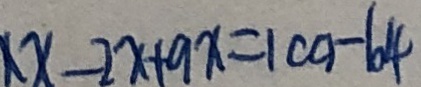
x - 2 x + 9 x = 1 c a - 6 4